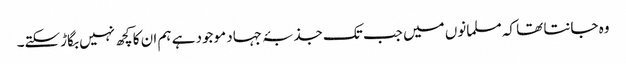
وہ جانتا تھا کہ مسلمانوں میں جب تک جذبۂ جہاد موجود ہے ہم ان کا کچھ نہیں بگاڑسکتے۔